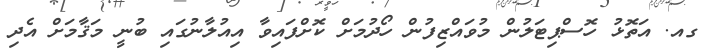
ގއ. އަތޮޅު ހޮސްޕިޓަލުން މުވައްޒިފުން ހޯދުމަށް ކޮށްފައިވާ އިއުލާނުގައި ބުނީ މަޤާމަށް އެދި